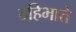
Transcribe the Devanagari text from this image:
दहिभाते